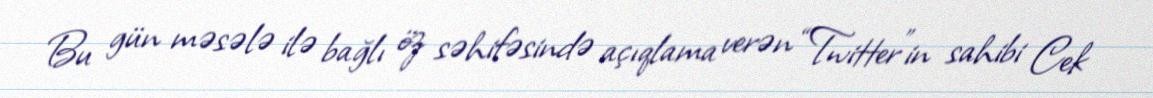
Bu gün məsələ ilə bağlı öz səhifəsində açıqlama verən “Twitter”in sahibi Cek